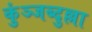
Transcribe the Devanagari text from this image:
कुंञ्जब्दुल्ला